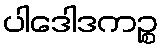
ပါဒေါဒကဉ္စ